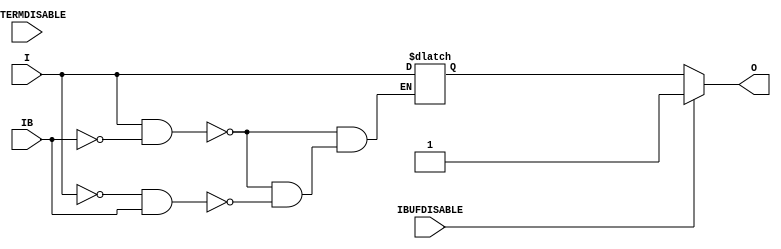
///////////////////////////////////////////////////////////////////////////////
// Copyright (c) 1995/2015 Xilinx, Inc.
// All Right Reserved.
///////////////////////////////////////////////////////////////////////////////
//   ____  ____
//  /   /\/   /
// /___/  \  /    Vendor : Xilinx
// \   \   \/     Version : 2015.4
//  \   \         Description : Xilinx Formal Library Component
//  /   /                  Differential Signaling Input Buffer
// /___/   /\     Filename : IBUFDS_INTERMDISABLE_INT.v
// \   \  /  \
//  \___\/\___\
//
///////////////////////////////////////////////////////////////////////////////
// Revision:
//    11/09/11 - Initial -- added due to CR 631983 fix - for timing netlist only
//    02/05/14 - Removed X's assignment.
// End Revision
///////////////////////////////////////////////////////////////////////////////

`timescale  1 ps / 1 ps

`celldefine

module IBUFDS_INTERMDISABLE_INT (O, I, IB, IBUFDISABLE, INTERMDISABLE);

    parameter DIFF_TERM = "FALSE";
    parameter DQS_BIAS = "FALSE";
    parameter IBUF_LOW_PWR = "TRUE";
    parameter IOSTANDARD = "DEFAULT";
    parameter USE_IBUFDISABLE = "TRUE";
`ifdef XIL_TIMING
    parameter LOC = "UNPLACED";
`endif // `ifdef XIL_TIMING

    output O;

    input  I;
    input  IB;
    input  IBUFDISABLE;
    input  INTERMDISABLE;

    reg o_out;

    always @(I or IB) 
  if (I == 1'b1 && IB == 1'b0)
      o_out = I;
  else if (I == 1'b0 && IB == 1'b1)
      o_out = I;

    generate
       case (USE_IBUFDISABLE)
          "TRUE" :  begin
                        assign O = (IBUFDISABLE == 0)? o_out : (IBUFDISABLE == 1)? 1'b1  : 1'b0;
                    end
          "FALSE" : begin
                        assign O = o_out;
                    end
       endcase
    endgenerate

endmodule

`endcelldefine